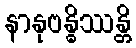
နာနုဗန္ဓိဿန္တိ